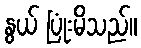
နွယ် ပြုံးမိသည်။